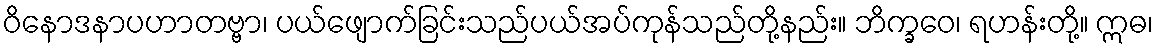
ဝိနောဒနာပဟာတဗ္ဗာ၊ ပယ်ဖျောက်ခြင်းသည်ပယ်အပ်ကုန်သည်တို့နည်း။ ဘိက္ခဝေ၊ ရဟန်းတို့။ ဣဓ၊